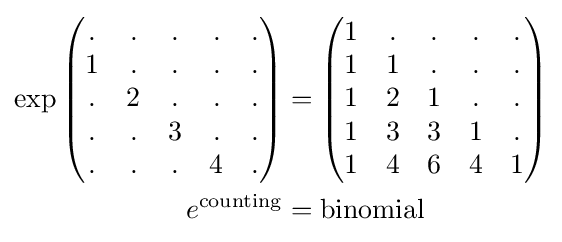
{\begin{aligned}\exp {\begin{pmatrix}.&.&.&.&.\\1&.&.&.&.\\.&2&.&.&.\\.&.&3&.&.\\.&.&.&4&.\end{pmatrix}}&={\begin{pmatrix}1&.&.&.&.\\1&1&.&.&.\\1&2&1&.&.\\1&3&3&1&.\\1&4&6&4&1\end{pmatrix}}\\e^{\text{counting}}&={\text{binomial}}\end{aligned}}